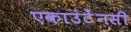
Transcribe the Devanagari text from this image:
एकाउंटेंनसी